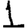
Digit: 1